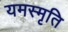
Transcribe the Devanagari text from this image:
यमस्मृति